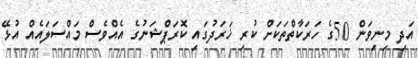
އަދި މިނިވަން 50ގެ ހަރަކާތްތަކަށް ކުރި ޚަރަދުގައި ކޮރަޕްޝަނުގެ އެއްވެސް މައްސަލައެއް އުޅޭ